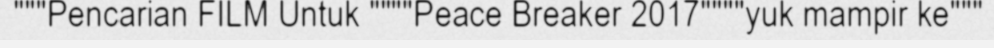
"""Pencarian FILM Untuk """"Peace Breaker 2017""""yuk mampir ke"""